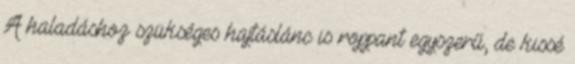
A haladáshoz szükséges hajtáslánc is roppant egyszerű, de kissé